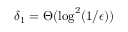
\delta _ { 1 } = \Theta ( \log ^ { 2 } ( 1 / \epsilon ) )